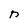
Character: n